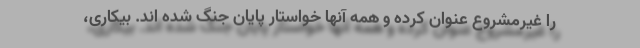
را غیرمشروع عنوان کرده و همه آنها خواستار پایان جنگ شده اند. بیکاری،